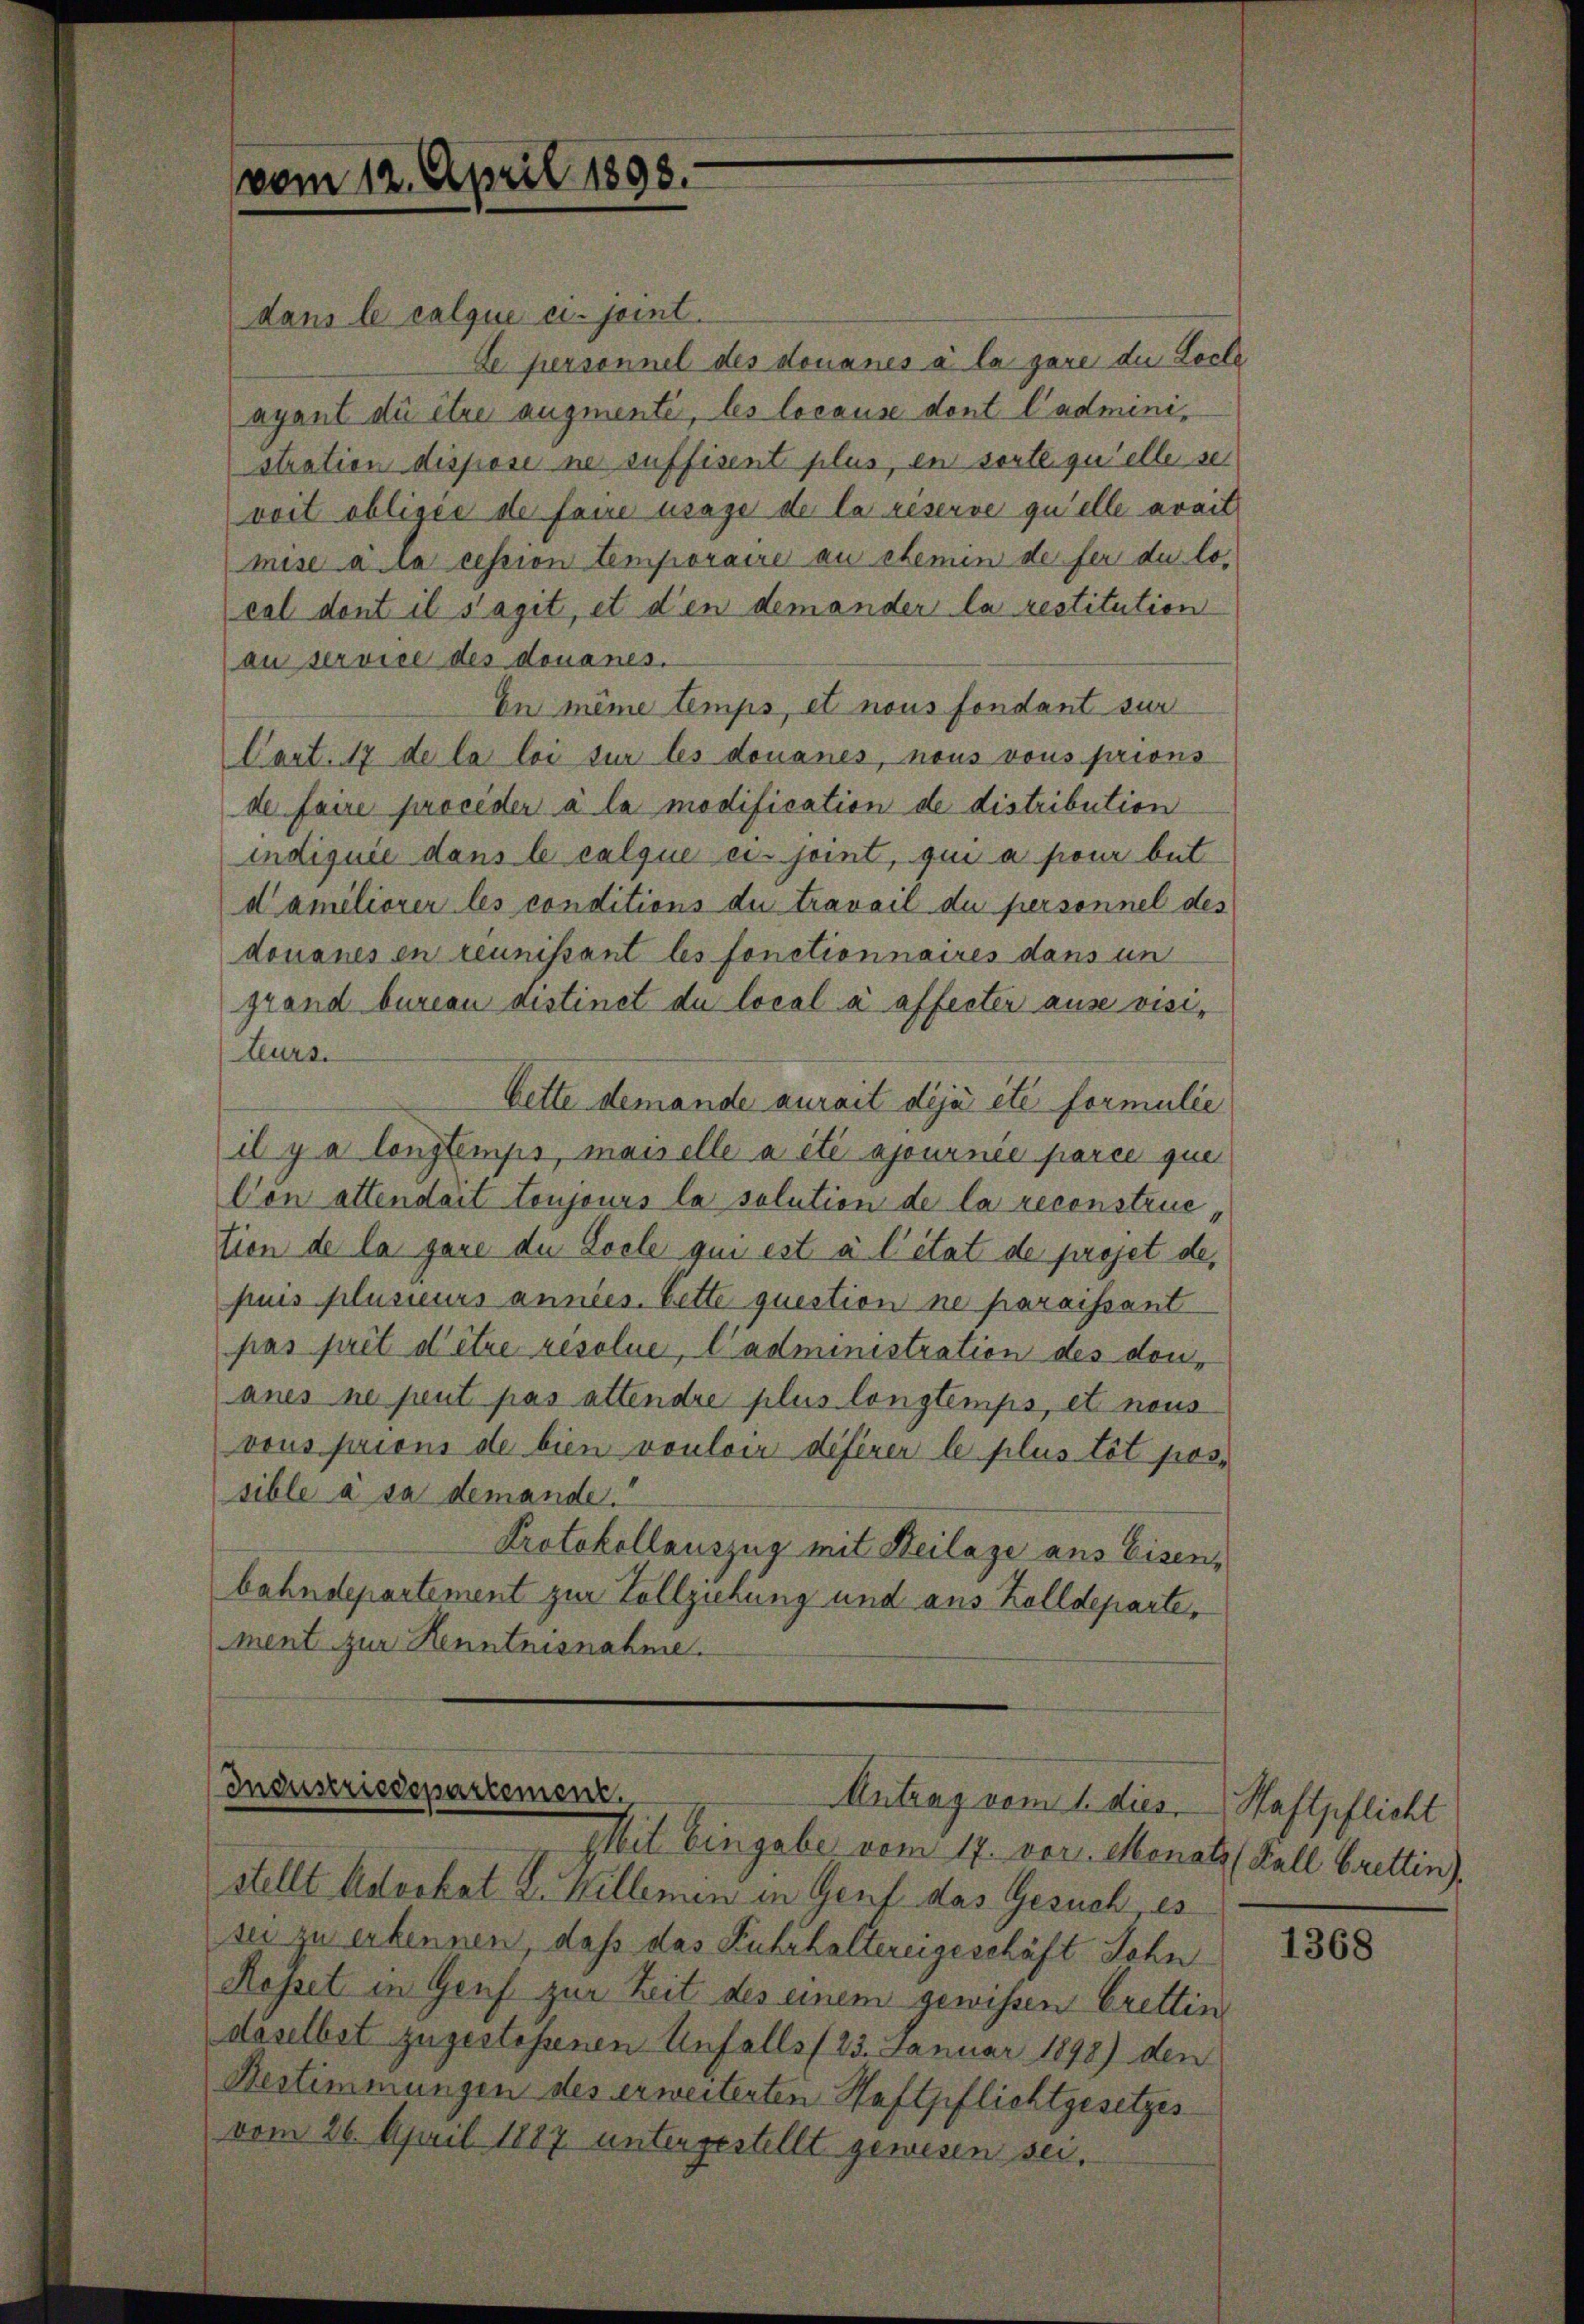
vom 12. April 1898.

dans le calque ci-jeint.
Se personnel des douanes à la gare die Loche
ayant die être augmenté, les locause dont l’administration dispose ne suffisent plus, en sorte quelle sei
voit obligée de faire usage de la riserve qu’elle avait
mise a la cession temporaire au chemin de fer du local dont il s’agit, et den demander la restitution
au service des donanes.
En même temps, et nous fondant sur
Cart. 17 de la loi sur les douanes, nous vous prions
de faire proceder à la modification de distribution
indiquie dans le calque ein joint, qui a pour but
daméliorer les conditions du travail du personnel des
douanes en réunissant les fonctionnaires dans un
grand bureau distinet du local a affecter ause visi¬
Leurs.
Bette demande aurait déjà été formulie
il y a longtemps, masselle a été ajournée parce que
Von altendait toujours la solution de la reconstrue
tien de la gare de Losle qui est à l’état de projet des
puis plusieurs annes. bette question ne paraissant
pas pril d’être resolue, l’administration des don,
anes ne peut pas attendre plus longtemps, et nous
vous prions de bien vouloi déférer le plus tit pos-
sible à sa demande.
Protokollauszug mit Beilage aus Eisen,
bahndepartement zur Vollziehung und aus Zolldeparte,
ment zur Kenntnisnahme.

Industriedepartement.
Antrag vom 1. dies
Mit Eingabe vom 17. vor. Monatz (Fall bretten),

stellt Advokat L. Killemin in Genf das Gesuch es
sei zu erkennen, daß das Fuhrhaltereigeschäft Lohn
Ropet in Genf zur Zeit des einem gewissen Crettin
daselbst zugestehenen Unfalls/23. Januar 1898) den
Bestimmungen des erweiterten Haftpflichtgesetzesvom 26. April 1887 untergestellt gewesen sei.

Haftpflicht

1368